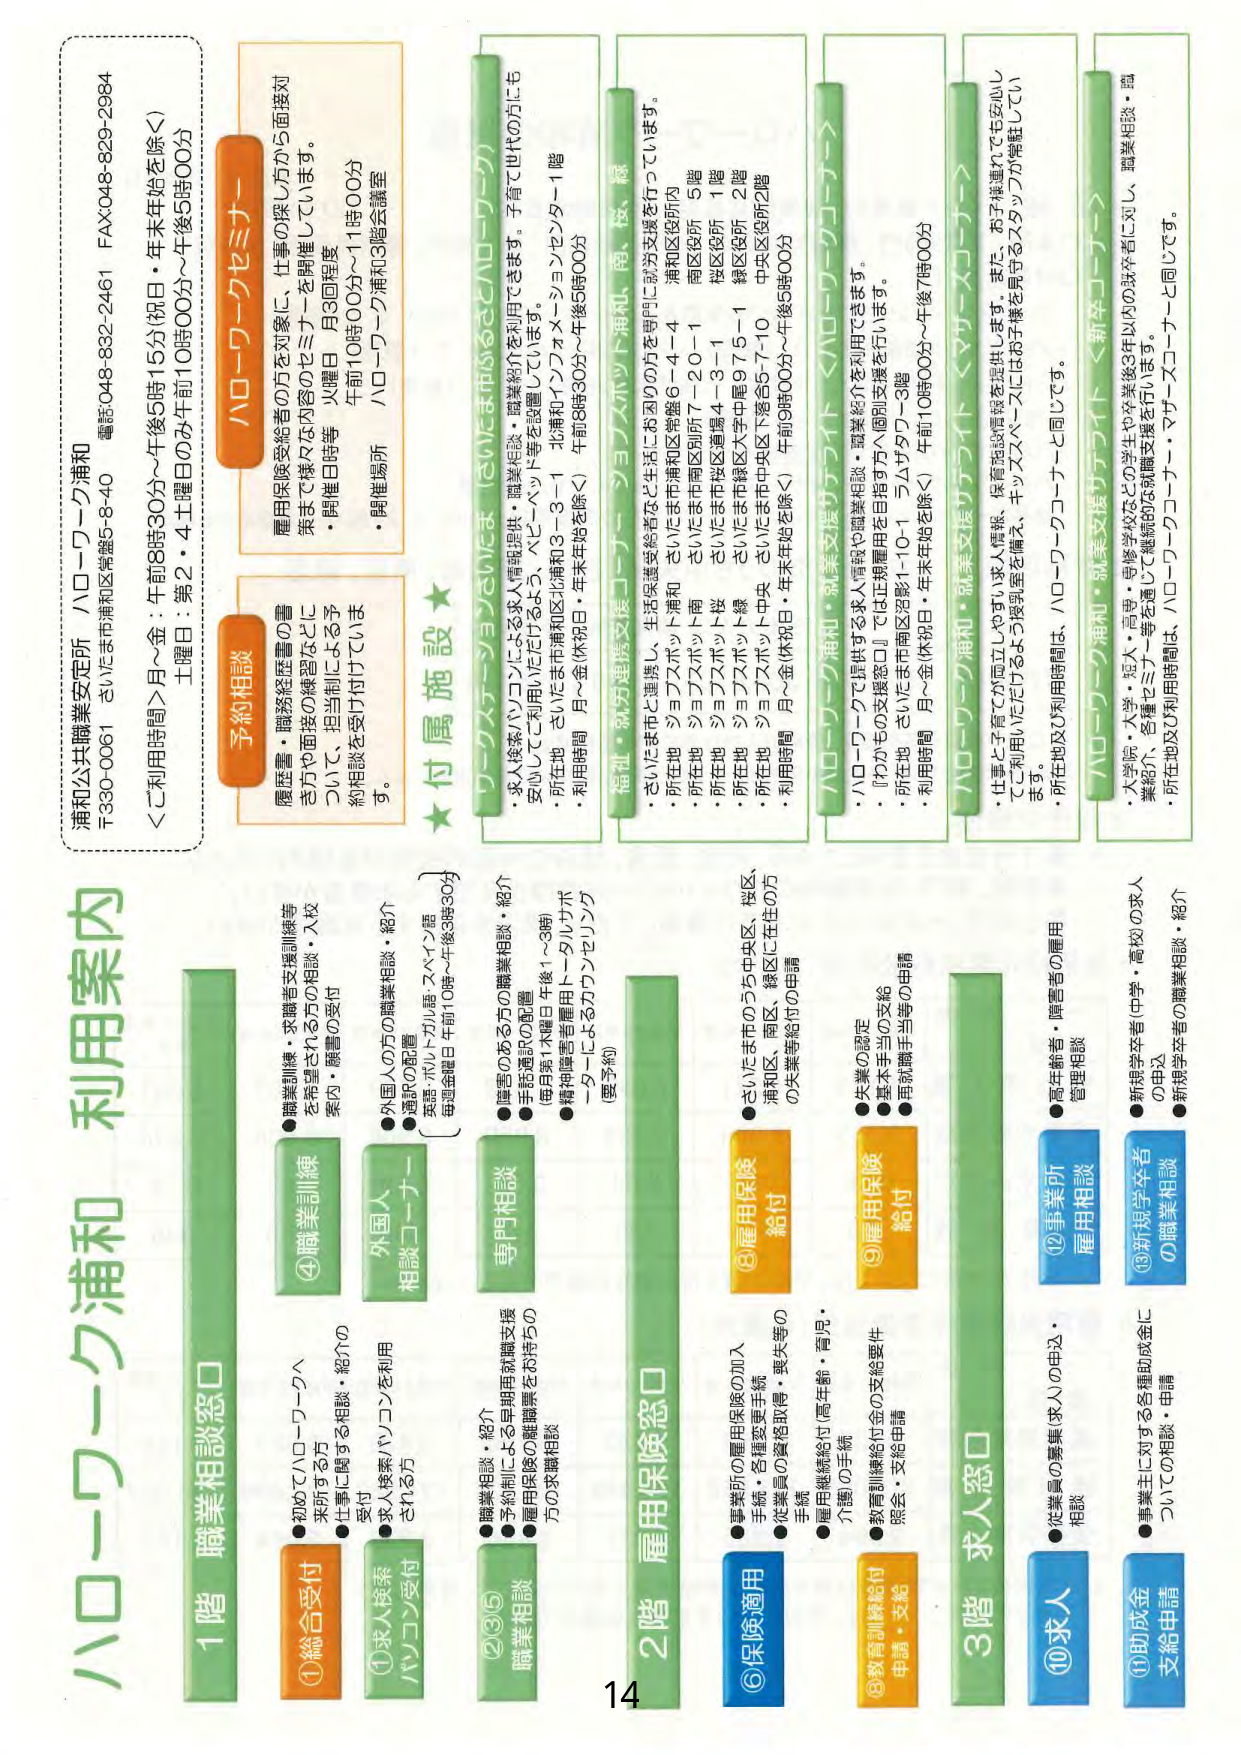
ハローワーク浦和
利用案内

浦和公共職業安定所 ハローワーク浦和
〒330-0061 さいたま市浦和区常盤5-8-40
電話 048-832-2461 FAX 048-829-2984

＜ご利用時間＞月～金：午前8時30分～午後5時15分（祝日・年末年始を除く）
土曜日：第2・4土曜日のみ午前10時00分～午後5時00分

予約相談
履歴書・職務経歴書の書
き方や面接の練習などに
ついて、担当制による予
約相談を受付けていま
す。

ハローワークセミナー
雇用保険受給者の方を対象に、仕事の探し方から面接対
策まで様々な内容のセミナーを開催しています。
・開催日時等 火曜日 月3回程度
午前10時00分～11時00分
・開催場所 ハローワーク浦和3階会議室

★付属施設★

①総合受付
●初めてハローワークへ
来所する方
●仕事に関する相談・紹介の
受付

②求人検索
パソコン受付
●求人検索パソコンを利用
される方

③外国人
相談コーナー
●外国人の方の職業相談・紹介
●通訳の配置
英語・ポルトガル語・スペイン語
（毎週金曜日 午前10時～午後3時30分）

④職業訓練
●職業訓練・求職者支援訓練等
を希望される方の相談・入校
案内・願書の受付

⑤職業相談
●職業相談・紹介
●予約制による早期雇用就職支援
●雇用保険の離職票をお持ちの
方の求職相談

専門相談
●障害のある方の職業相談・紹介
●手話通訳の配置
（毎月第1木曜日 午後1～3時）
●精神障害者雇用トータルサポ
ーターによるカウンセリング
（要予約）

1階 職業相談窓口

⑥保険適用
●事業所の雇用保険の加入
手続き・各種変更手続き
●従業員の資格取得・喪失等の
手続き

⑧教育訓練給付
申請・支給
●教育訓練給付金の支給要件
照会・支給申請

⑨雇用保険
給付
●失業の認定
●基本手当の支給
●再就職手当等の申請

2階 雇用保険窓口

⑩求人
●従業員の募集（求人の申込・
相談

⑪助成金
支給申請
●事業主に対する各種助成金に
ついての相談・申請

⑫事業所
雇用相談
●既存銘柄・障害者の雇用
管理相談

⑬新規求学者
の職業相談
●新規求学者（中学・高校）の求人
の申込
●新規求学者の職業相談・紹介

3階 求人窓口

ハローワーク・ジョブセンター（さいたま市浦和区）
・求人検索パソコンによる求人情報提供・職業紹介を利用できます。子育て世代の方にも
安心してご利用いただけるよう、ベビーベッド等を設置しています。
・所在地 さいたま市浦和区北浦和3-3-1 北浦和インフォメーションセンター1階
・利用時間 月～金（休祝日・年末年始を除く） 午前8時30分～午後5時00分

福祉・就労連携支援コーナー・ジョブスポット浦和、南、桜、緑
・さいたま市と連携し、生活保護受給者など生活にお困りの方を専門に就活支援を行っています。
・所在地 ジョブスポット浦和 さいたま市浦和区常盤6-4-4 浦和区役所5階
・所在地 ジョブスポット南 さいたま市南区別所7-20-1 南区役所1階
・所在地 ジョブスポット桜 さいたま市桜区道場4-3-1 桜区役所2階
・所在地 ジョブスポット緑 さいたま市緑区大字中尾975-1 緑区役所2階
・所在地 ジョブスポット中央 さいたま市中央区下落合5-7-10 中央区役所2階
・利用時間 月～金（休祝日・年末年始を除く） 午前9時00分～午後5時00分

ハローワーク浦和・就業支援サテライト（ハローワークコート）
・ハローワークで提供する求人情報や職業相談・職業紹介を利用できます。
・「わかもの支援窓口」では正規雇用を目指す方へ個別支援を行います。
・所在地 さいたま市南区沼影1-10-1 ラムザタワー3階
・利用時間 月～金（休祝日・年末年始を除く） 午前10時00分～午後7時00分

ハローワーク浦和・就業支援サテライト＜サテライトコート＞
・仕事と子育てが両立しやすい求人情報、保育施設情報を提供します。また、お子様連れでも安心し
てご利用いただけるよう授乳室を備え、キッズスペースにはお子様を見守るスタッフが常駐してい
ます。
・所在地及び利用時間は、ハローワークコーナーと同じです。

ハローワーク浦和・就業支援サテライト＜新卒コーナー＞
・大学院・大学・短大・専門・専修学校などの学生や卒業後3年以内の既卒者に対し、職業相談・職
業紹介、各種セミナー等を通じて継続的な就職支援を行います。
・所在地及び利用時間は、ハローワークコーナーと同じです。

14